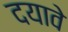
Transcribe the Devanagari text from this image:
दयावे